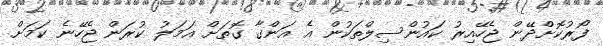
ފޯރުކޮށްދޭން ޖެހޭއިރު ކައުންސިލްތަކުން އެ އަންގާ ގޮތަށް އަމަލު ކުރަން ޖެހޭނެ ކަމަށް